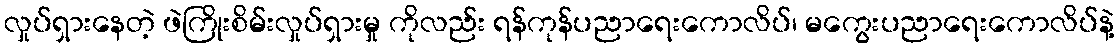
လှုပ်ရှားနေတဲ့ ဖဲကြိုးစိမ်းလှုပ်ရှားမှု ကိုလည်း ရန်ကုန်ပညာရေးကောလိပ်၊ မကွေးပညာရေးကောလိပ်နဲ့